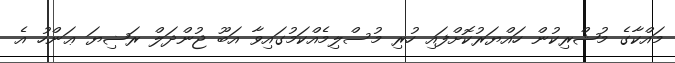
މައްކާގެ މުޝްރިކުން ހައްޔަރުކޮށްފައި ހުރި މުސްލިމެއްކަމުގައިވާ އަބޫ ޖުންދަލް ރަޟިޔަ ޢަންހު އެ